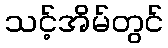
သင့်အိမ်တွင်